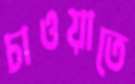
চাওয়াতে